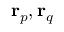
\mathbf { r } _ { p } , \mathbf { r } _ { q }